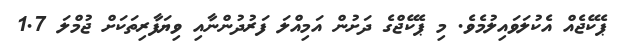
ޕެކޭޖެއް އެކުލަވައިލުމެވެ. މި ޕެކޭޖްގެ ދަށުން އަމިއްލަ ފަރުދުންނާއި ވިޔަފާރިތަކަށް ޖުމްލަ 1.7